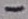
Text: -